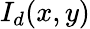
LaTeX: I_{d}(x,y)